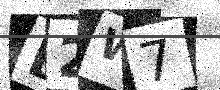
Text: L2W7